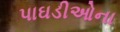
પાઘડીઓના